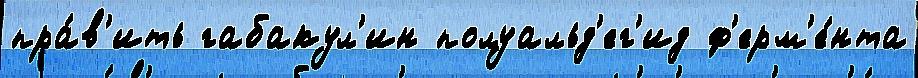
пра́в'ить габакул'ин полуальд'ег'ид ф'ерм'е́нта